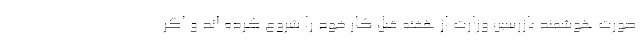
صورت هوشمند بازرسین وزارت از هفته قبل کار خود را شروع کرده اند و اگر